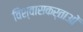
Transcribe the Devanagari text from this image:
विश्वासकर्ताओं